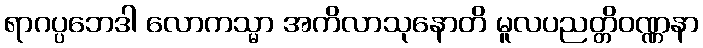
ရာဂပ္ပဘေဒါ လောကသ္မာ အကိလာသုနောတိ မူလပညတ္တိဝဏ္ဏနာ